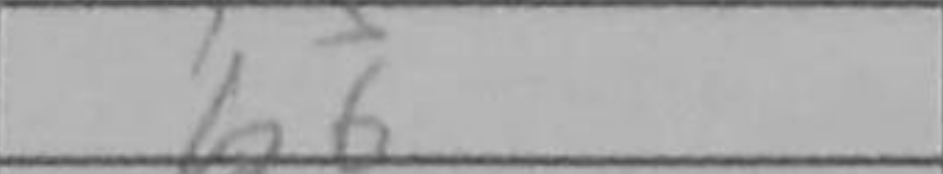
Transcription: b6